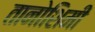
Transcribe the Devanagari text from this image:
तानोशिमी